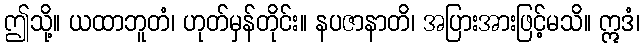
ဤသို့။ ယထာဘူတံ၊ ဟုတ်မှန်တိုင်း။ နပဇာနာတိ၊ အပြားအားဖြင့်မသိ။ ဣဒံ၊